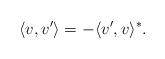
LaTeX: \begin{align*}\langle v,v' \rangle = - \langle v',v \rangle^*.\end{align*}